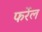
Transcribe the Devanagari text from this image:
फर्रेल